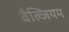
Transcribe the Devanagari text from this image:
बैल्जियम